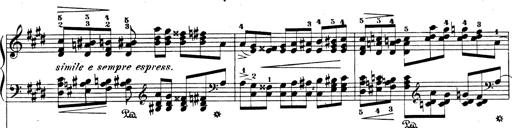
Title: Rhapsodie espagnole
Composer: Franz Liszt